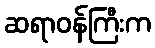
ဆရာဝန်ကြီးက